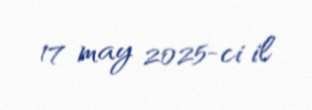
17 may 2025-ci il